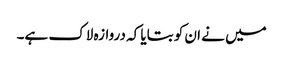
میں نے ان کو بتایا کہ دروازہ لاک ہے۔